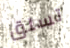
تسلق